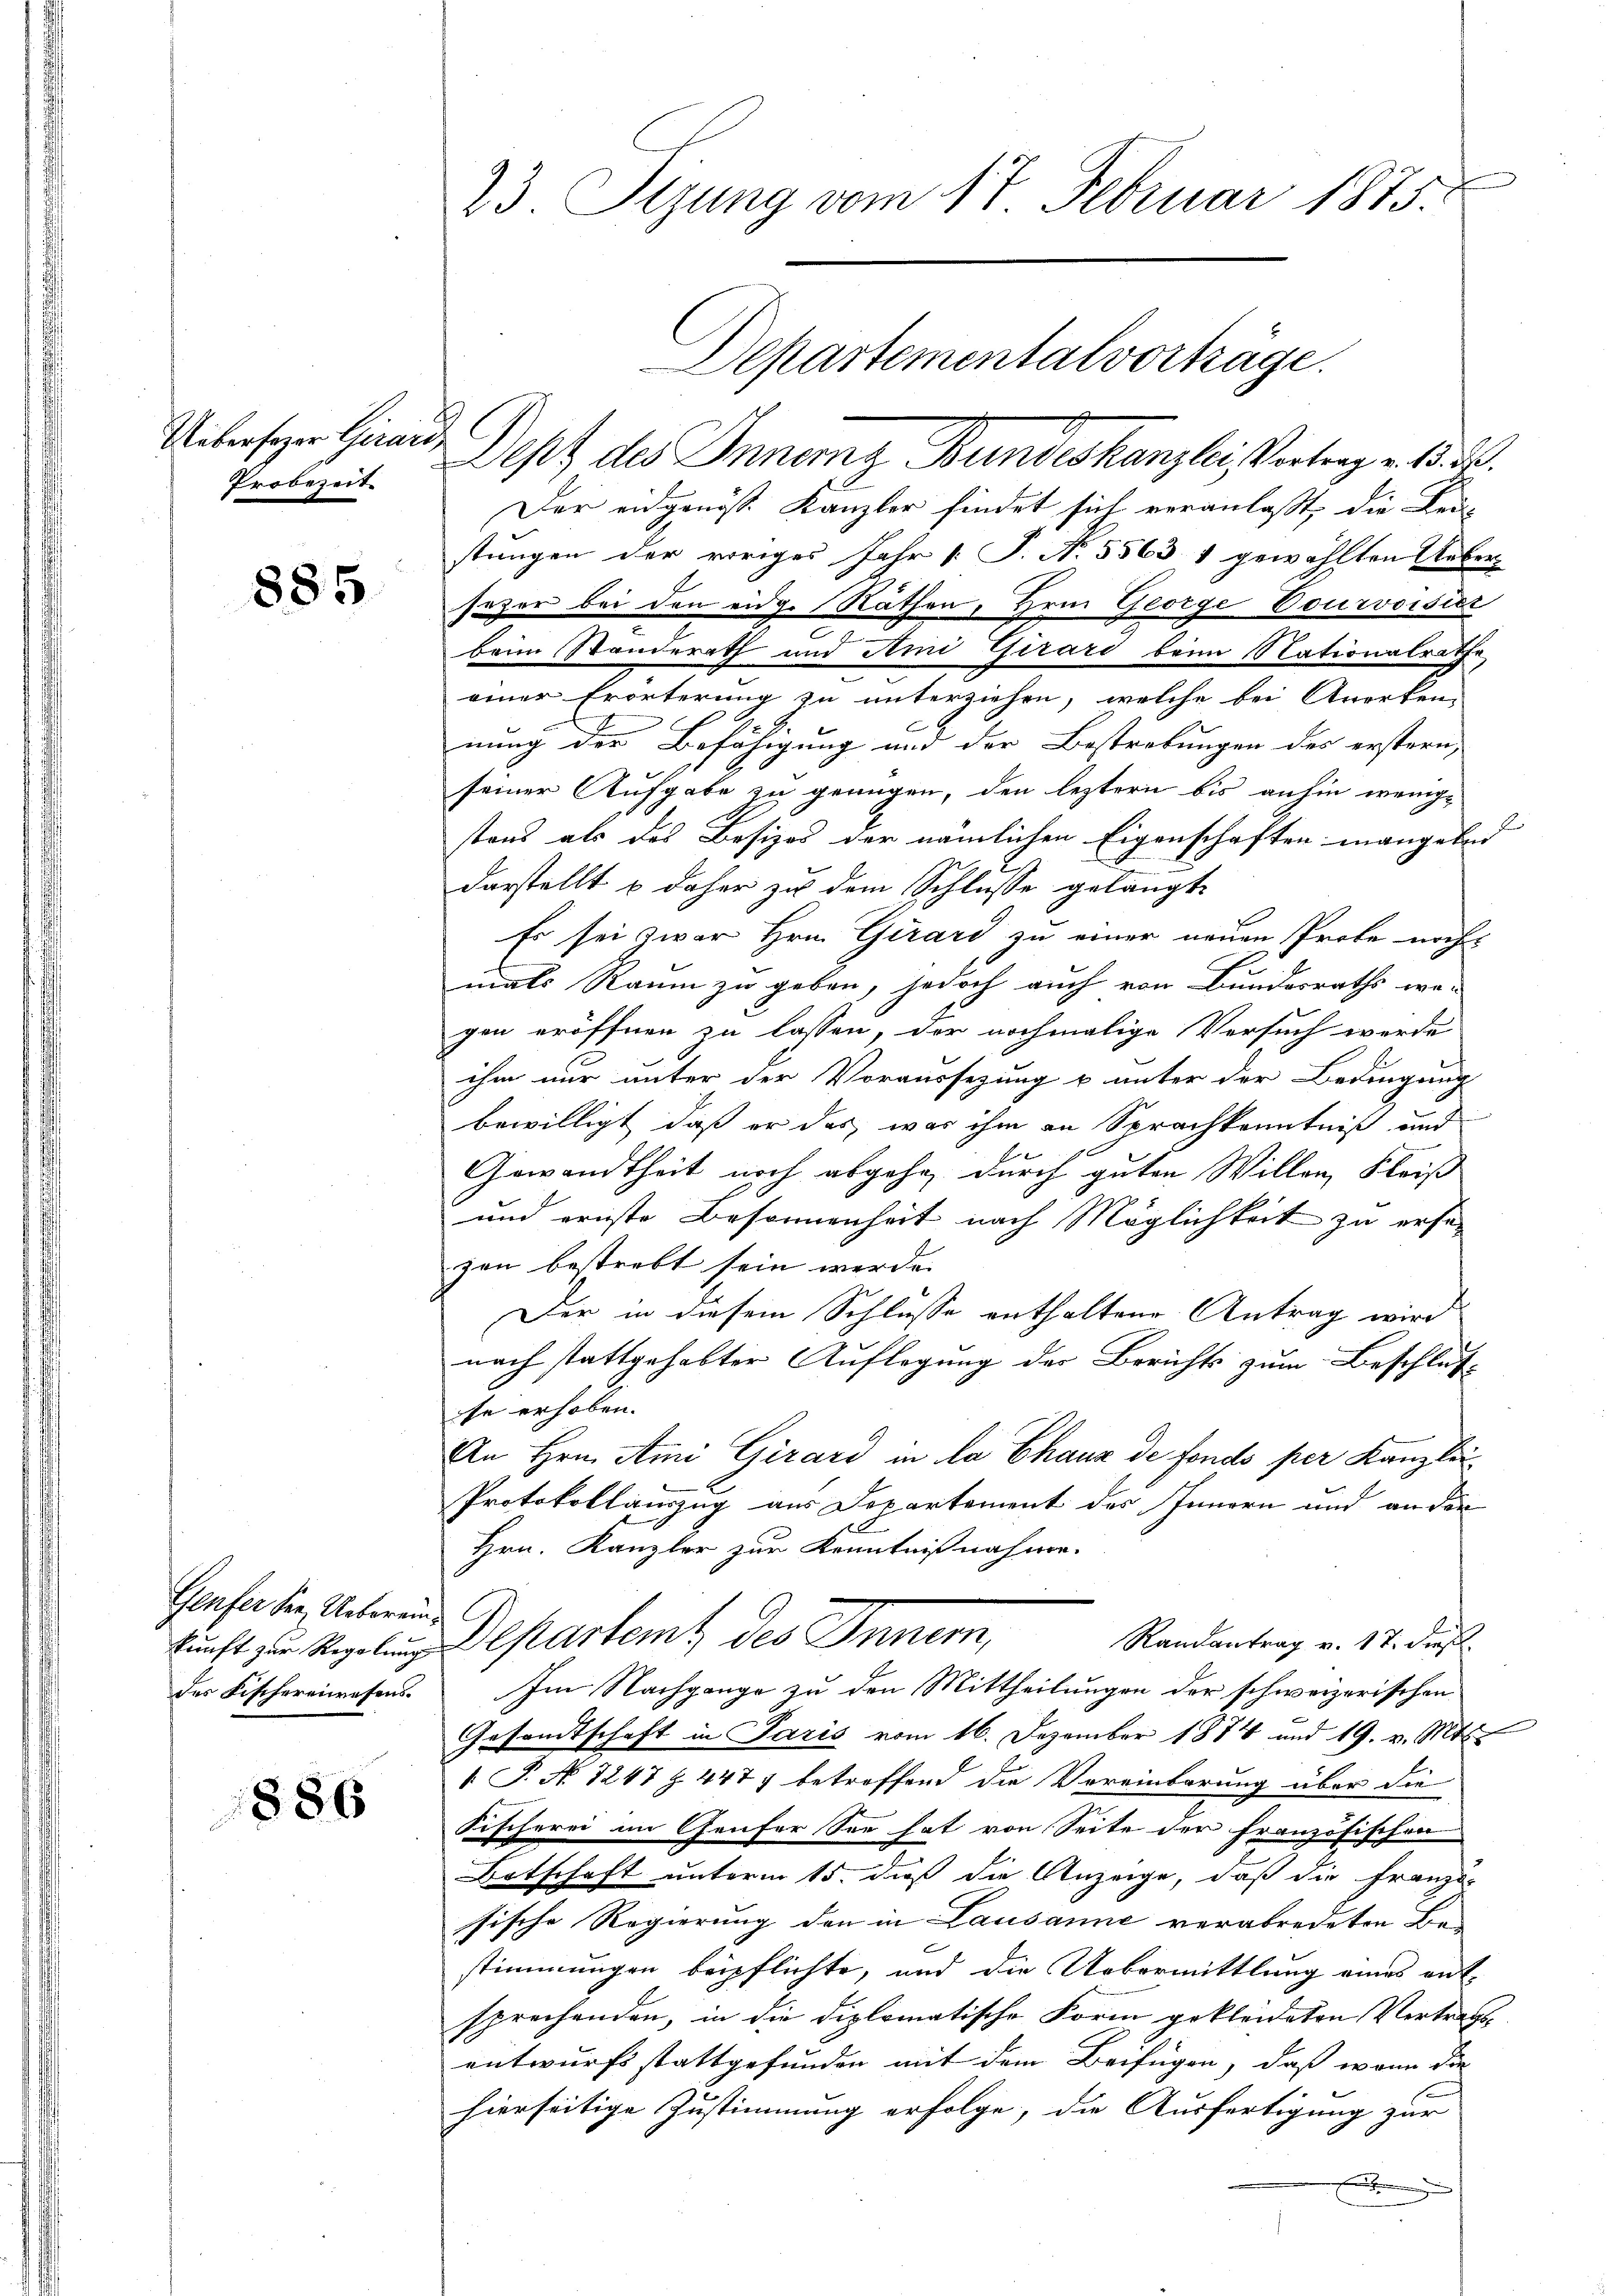
Ueberfazer Girard,
Probezeit

885

Gerfer der Uebereindes Fischereiwesens.

1886

23. Sezung vom 17. Februar 1875.

Dept des Innern Bundeskanzlei Vertrag v. 5. d.
Der eidgenöss. Kanzler findet sich veranlaßt, die Leu
stungen der voriges Jahr [ P. N. 5563 1 gewählten Uebersezer bei den eidg. Räthen, Hrn. George Courvoisist
beim Standerath und Ami Girard beim Nationalrathe
einer Erörterung zu unterziehen, welche bei Anerken-
nung der Befähigung und der Bestrebungen des erstern,
seiner Aufgabe zu genügen, den leztern bis anhin wenige
stens als das Besizes der nämlichen Eigenschaften mangelnd
darstellt & daher zu dem Schlüsse gelangt
Es sei zwar Hrn. Girard zu einer neuen Probe nachs
mals Raum zu geben, jedoch auch von Bundesraths we-
gen eröffnen zu lassen, der nochmalige Versuch werde
ihm nur unter der Voraussezung & unter der Bedingung
bewilligt, daß er das, was ihm an Sprachkenntniß und
Gewandtheit noch abgehe, durch guten Willen, Fleiß
und ernste Besonnenheit nach Möglichkeit zu ersezon bestrebt sein werde.
Der in diesem Schlusse enthaltene Antrag wird
nach stattgehabter Auflegung der Berichts zum Beschluß-
se erhoben.
An Hrn. Ami Girard in la Chaux de fondo per Kanzlei
Protokollauszug aus Departement des Innern und an der
Hrn. Kanzler zur Kenntnißnahme.
Randantrag v. 17. dieß.
kunft zu Regelung Departemt des Innern,
Im Nachgange zu den Mittheilungen der schweizerischen
Gesandtschaft in Paris vom 16. Dezember 1874 und 19. v. Mts.
 P. No 1247 Z. 4477 betreffend die Vereinbarung über die
Fischerei im Genfer See hat von Seite der französischen
Botschaft unterm 15. daß die Anzeige, daß die Franzö-
sische Regierung den in Lausanne verabredeten Bestimmungen beipflichte, und die Uebermittlung eines ent-
sprechenden, in die diplomatische Form gekleideten Vertrags-
entwurfs stattgefunden mit dem Beifügen, daß wenn die
hierseitige Zustimmung erfolge, die Ausfertigung zur
e

Departementalvorträge.